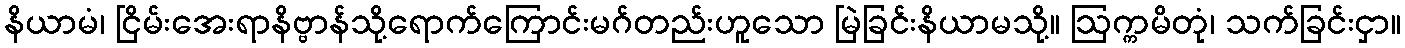
နိယာမံ၊ ငြိမ်းအေးရာနိဗ္ဗာန်သို့ရောက်ကြောင်းမဂ်တည်းဟူသော မြဲခြင်းနိယာမသို့။ ဩက္ကမိတုံ၊ သက်ခြင်းငှာ။